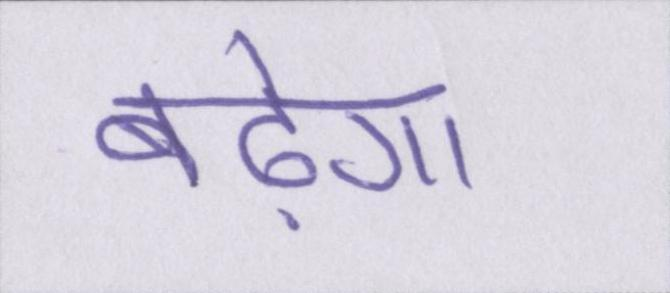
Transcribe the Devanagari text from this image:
बढ़ेगा